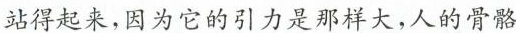
站得起来，因为它的引力是那样大，人的骨骼